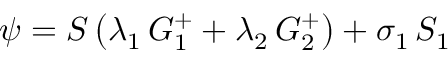
\psi = S \left( \lambda _ { 1 } \, G _ { 1 } ^ { + } + \lambda _ { 2 } \, G _ { 2 } ^ { + } \right) + \sigma _ { 1 } \, S _ { 1 }